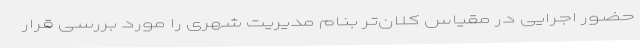
حضور اجرایی در مقیاس کلان‌تر بنام مدیریت شهری را مورد بررسی قرار